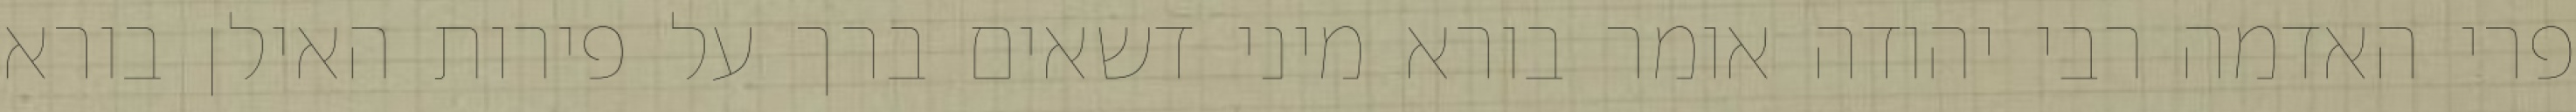
פרי האדמה רבי יהודה אומר בורא מיני דשאים ברך על פירות האילן בורא